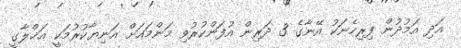
އަދި އަމުދުން ފިރިހެނަކު އޭނާގެ 3 ދަރިން އުފަންކުރުވި މަންމައަށް އަނިޔާކުރުމަކީ އަޚްލާގީ